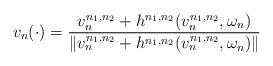
LaTeX: \begin{align*}v_n(\cdot) = \frac{v_n^{n_1,n_2}+h^{n_1,n_2}(v_n^{n_1,n_2},\omega_n)}{\|v_n^{n_1,n_2}+h^{n_1,n_2}(v_n^{n_1,n_2},\omega_n)\|}\\\end{align*}